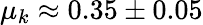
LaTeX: \mu_{k}\approx 0.35\pm 0.05